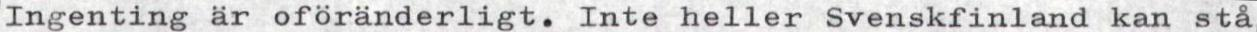
Ingenting är oföränderligt. Inte heller Svenskfinland kan stå